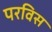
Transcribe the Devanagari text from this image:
परविस